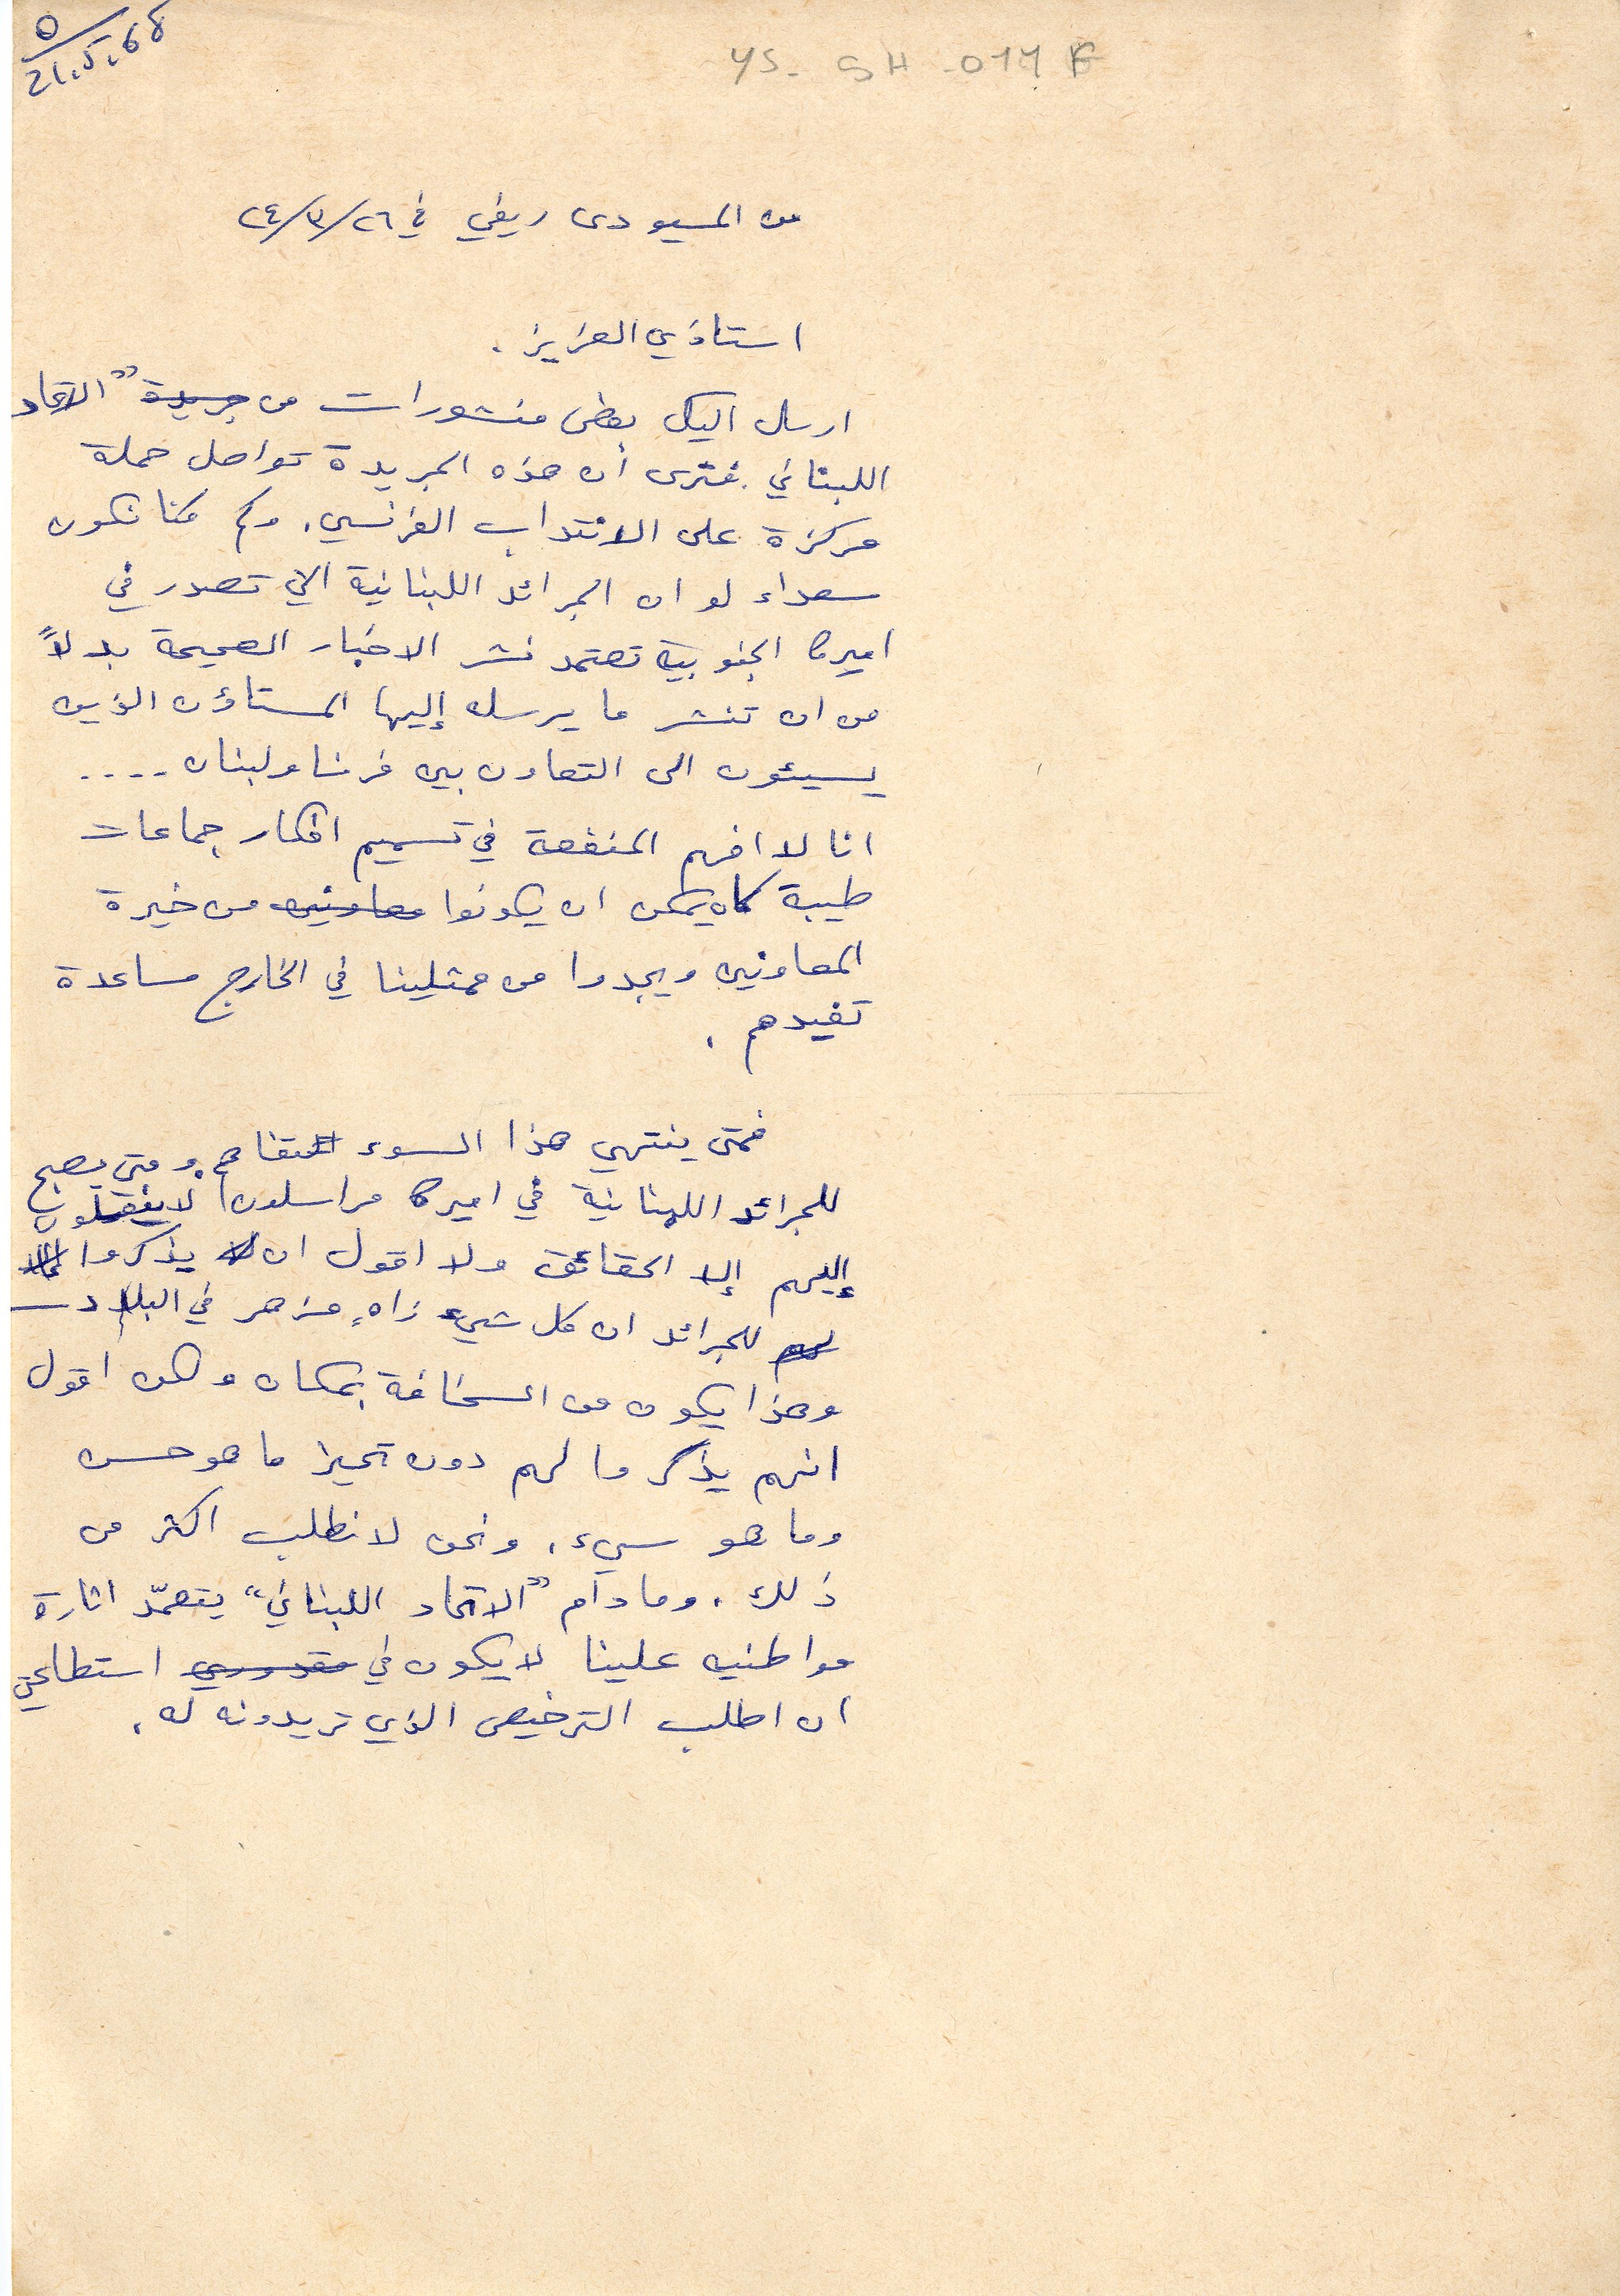
ys-5H-011F
من المسيو دى ريفي في ٢٦/ ٣/ ٢٤
 استاذي العزيز.
ارسل اليك بعض منشورات من جريدة " الاتحاد
اللبناني فترى أن هذه الجريدة تواصل حملة
مركزة على الانتداب الفرنسي. وكم كنا نكون
سعداء لو ان الجرائد اللبنانية التي تصدر في
اميركا الجنوبية تعتمد نشر الاخبار الصحيحة بدلاً
من ان تنشر ما يرسله إليها المستاؤن الذين
 يسيئون الى التعاون بين فرنسا ولبنان....
 انا لا افهم المنفعة في تسميم افكار جماعات
طيبة كان يمكن ان يكونوا معاونين من خيرة
المعاونين ويجدوا من ممثلينا في الخارج مساعدة
تفيدهم.
فمتى ينتهي هذا السوء المتفاقم. ومتى يصبح
للجرائد اللبنانية في اميركا مراسلون لاينقلون
إليهم إلا الحقائق ولا اقول ان يذكروا
 للجرائد ان كل شيء زاهٍ مزهر في البلاد-
وهذا يكون من السخافة بمكان ولكن اقول
انهم يذكروا لهم دون تحيز ما هو حسن
وما هو سيء. ونحن لانطلب اكثر من
ذلك، وما دام "الاتحاد اللبناني" يتعمّد اثارة
مواطنيه علينا لا يكون في مقدوري استطاعتي
ان اطلب الترخيص الذي تريدونه له.
21.5.68